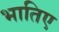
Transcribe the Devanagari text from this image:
भातिए